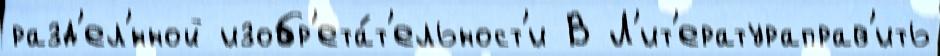
разд'ел'́нной изобр'ета́т'ельност'и В Л'ит'ератураправ'ить